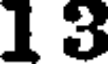
1 3